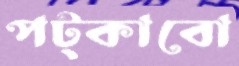
পট্‌কাবো